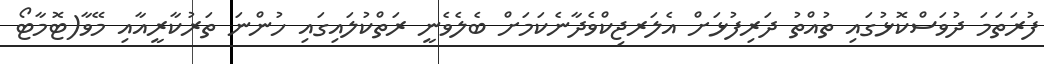
ފުރަތަމަ ދުވަސްކޮޅުގައި ތުއްތު ދަރިފުޅަށް އެލަރޖިކްވެދާނެކަމަށް ބެލެވެނީ ރަތްކުލައިގައި ހުންނަ ތަރުކާރީއާއި މޭވާ(ޓޮމާޓޯ